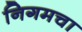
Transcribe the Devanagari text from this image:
निगमचा